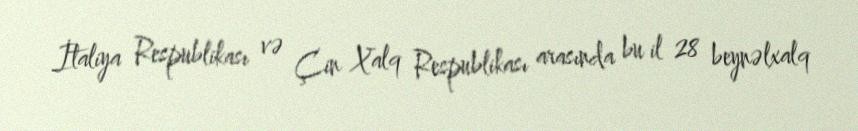
İtaliya Respublikası və Çin Xalq Respublikası arasında bu il 28 beynəlxalq